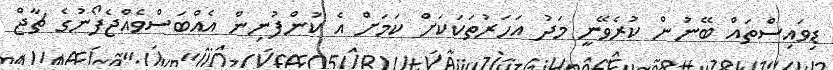
ޑިވައިސްތައް ބޭނުން ކުރެވޭނީ މަދު އަހަރުތަކަކަށް ކަމަށް އެ ކުންފުނިން އެއްބަސްވެއްޖެފޯނުގެ ޗާޖް